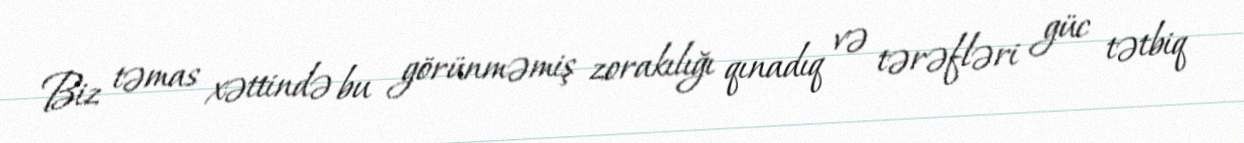
Biz təmas xəttində bu görünməmiş zorakılığı qınadıq və tərəfləri güc tətbiq